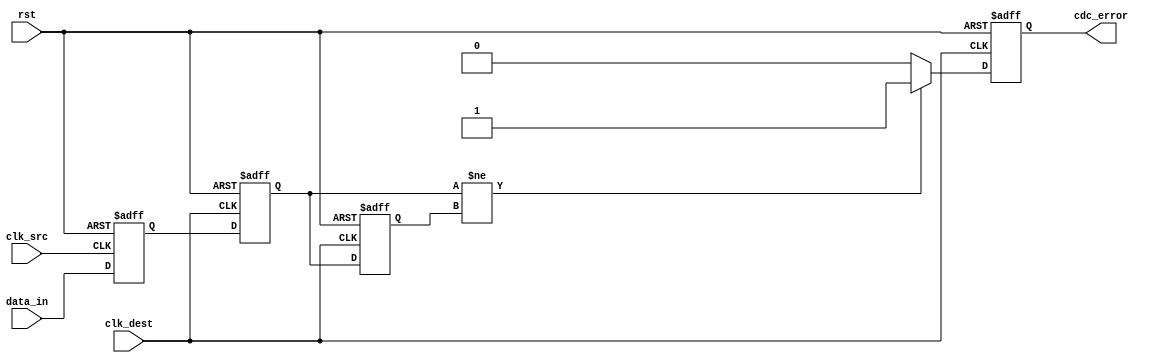
module cdc_detector #(
    parameter DATA_WIDTH = 1, // Width of the data_in signal
    parameter ENABLE_ERROR_DETECTION = 1 // Enable/Disable error detection
)(
    input wire [DATA_WIDTH-1:0] data_in, // Input data signal
    input wire clk_src, // Source clock
    input wire clk_dest, // Destination clock
    input wire rst, // Asynchronous reset
    output reg cdc_error // CDC error flag
);

    // Internal signals for synchronization
    reg [DATA_WIDTH-1:0] sync_data_1; // First stage of synchronizer
    reg [DATA_WIDTH-1:0] sync_data_2; // Second stage of synchronizer
    reg [DATA_WIDTH-1:0] prev_sync_data; // Previous value of synchronized data

    // Dual flip-flop synchronizer
    always @(posedge clk_src or posedge rst) begin
        if (rst) begin
            sync_data_1 <= {DATA_WIDTH{1'b0}};
        end else begin
            sync_data_1 <= data_in;
        end
    end

    always @(posedge clk_dest or posedge rst) begin
        if (rst) begin
            sync_data_2 <= {DATA_WIDTH{1'b0}};
            prev_sync_data <= {DATA_WIDTH{1'b0}};
            cdc_error <= 1'b0;
        end else begin
            sync_data_2 <= sync_data_1;

            // Error detection logic
            if (ENABLE_ERROR_DETECTION) begin
                // Check for change in synchronized data
                if (sync_data_2 != prev_sync_data) begin
                    cdc_error <= 1'b1; // Set error flag if a change is detected
                end else begin
                    cdc_error <= 1'b0; // Clear error flag if no change
                end
            end

            // Store the current synchronized data for next comparison
            prev_sync_data <= sync_data_2;
        end
    end

endmodule